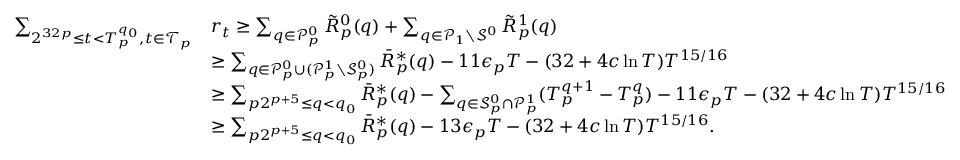
\begin{array} { r l } { \sum _ { 2 ^ { 3 2 p } \leq t < T _ { p } ^ { q _ { 0 } } , t \in \mathcal { T } _ { p } } } & { r _ { t } \geq \sum _ { q \in \mathcal { P } _ { p } ^ { 0 } } \tilde { R } _ { p } ^ { 0 } ( q ) + \sum _ { q \in \mathcal { P } _ { 1 } \setminus \mathcal { S } ^ { 0 } } \tilde { R } _ { p } ^ { 1 } ( q ) } \\ & { \geq \sum _ { q \in \mathcal { P } _ { p } ^ { 0 } \cup ( \mathcal { P } _ { p } ^ { 1 } \setminus \mathcal { S } _ { p } ^ { 0 } ) } \bar { R } _ { p } ^ { * } ( q ) - 1 1 \epsilon _ { p } T - ( 3 2 + 4 c \ln T ) T ^ { 1 5 / 1 6 } } \\ & { \geq \sum _ { p 2 ^ { p + 5 } \leq q < q _ { 0 } } \bar { R } _ { p } ^ { * } ( q ) - \sum _ { q \in \mathcal { S } _ { p } ^ { 0 } \cap \mathcal { P } _ { p } ^ { 1 } } ( T _ { p } ^ { q + 1 } - T _ { p } ^ { q } ) - 1 1 \epsilon _ { p } T - ( 3 2 + 4 c \ln T ) T ^ { 1 5 / 1 6 } } \\ & { \geq \sum _ { p 2 ^ { p + 5 } \leq q < q _ { 0 } } \bar { R } _ { p } ^ { * } ( q ) - 1 3 \epsilon _ { p } T - ( 3 2 + 4 c \ln T ) T ^ { 1 5 / 1 6 } . } \end{array}